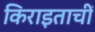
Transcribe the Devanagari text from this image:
किराइताचीं